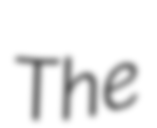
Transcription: The